Report on the working of the Ranchi Indian Mental Hospital, Kanke, in Bihar and Orissa - 1930-1940
Year: 1930
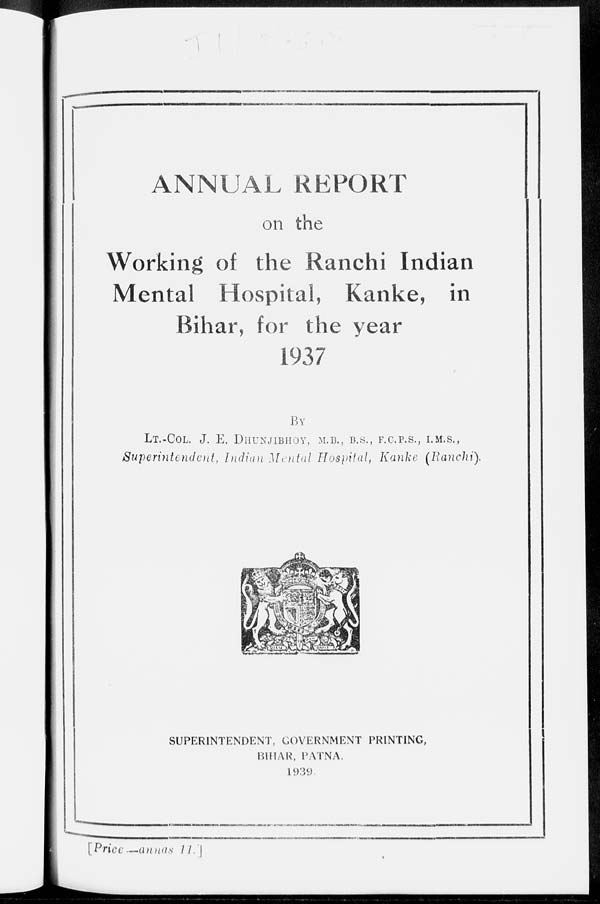
ANNUAL REPORT
on the
Working of the Ranchi Indian
Mental Hospital, Kanke, in
Bihar, for the year
1937
BY
LT.-COL. J. E. DHUNJIBHOY, M.B., B.S., F.C.P.S., I.M.S.,
Superintendent, Indian Mental Hospital, Kanke (Ranchi).
SUPERINTENDENT, GOVERNMENT PRINTING,
BIHAR, PATNA.
1939.
[Price—annas 11.]